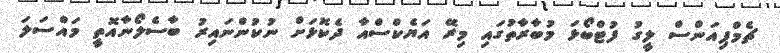
ޗެމްޕިއަންސް ލީގު ފުޓްބޯޅަ މުބާރާތުގައި މިރޭ އަޔެކްސްއާ ދެކޮޅަށް ނުކުންނައިރު ބާސެލޯނާއޮތީ މައްސަލަ